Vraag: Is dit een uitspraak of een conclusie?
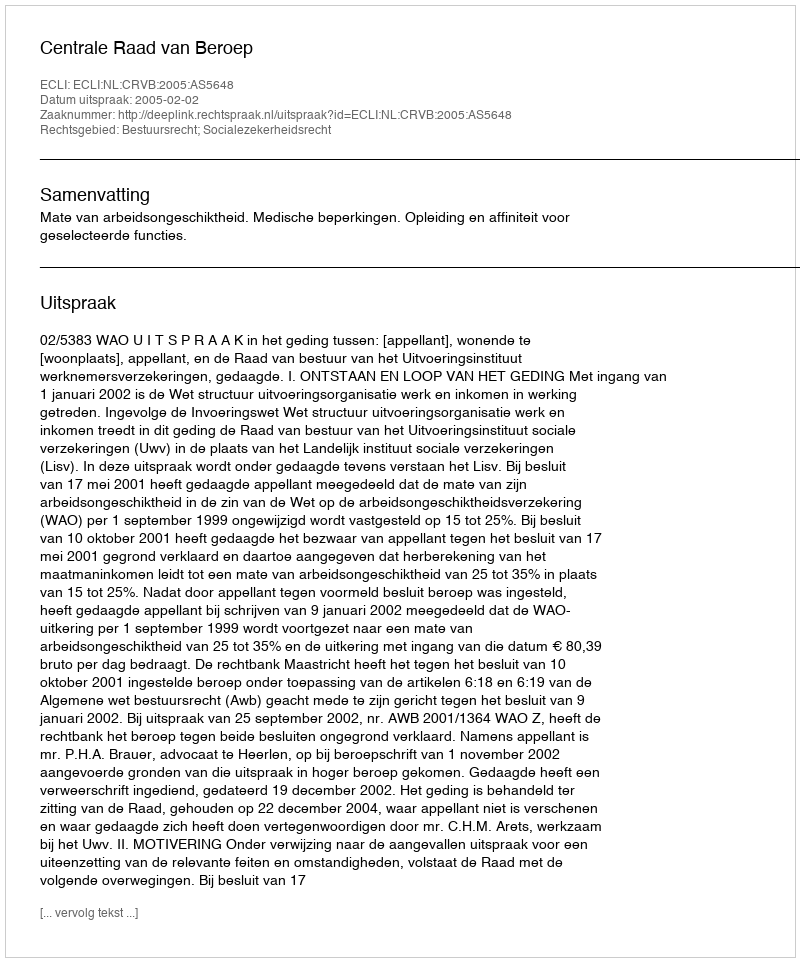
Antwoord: Uitspraak